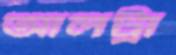
আলট্রা